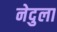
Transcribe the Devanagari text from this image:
नेदुला